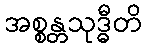
အစ္စန္တသုဒ္ဓီတိ